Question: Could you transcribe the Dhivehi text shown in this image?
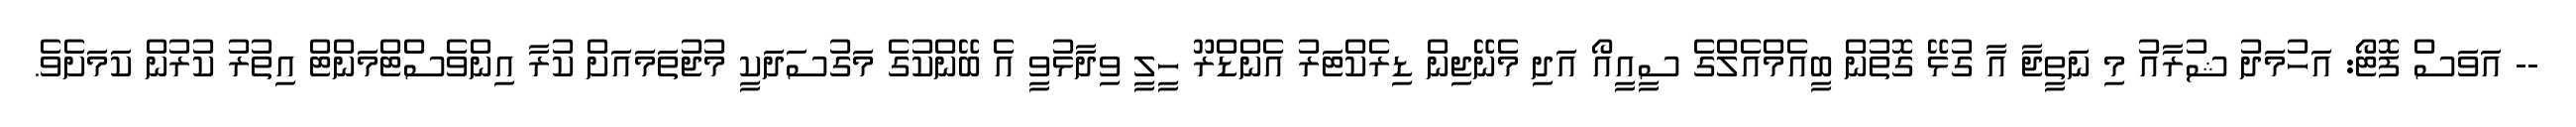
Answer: -- އަވަސް ފޮޓޯ: އަހުމަދު ޝުރާއު މި ނަތީޖާ އާ ގުޅޭ ގޮތުން ބީއެމްއެލްގެ ސީއީއޯ އަދި މެނޭޖިން ޑިރެކްޓަރު އެންޑްރޫ ހީލީ ވިދާޅުވީ އެ ބޭންކުގެ މަގުސަދަކީ މުޖުތަމައަށް ކުރާ އިންވެސްޓްމަންޓް އިތުރު ކުރުން ކަމަށެވެ.